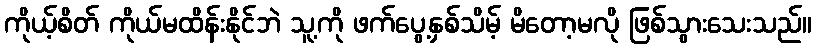
ကိုယ့်စိတ် ကိုယ်မထိန်းနိုင်ဘဲ သူ့ကို ဖက်ပွေ့နှစ်သိမ့် မိတော့မလို ဖြစ်သွားသေးသည်။